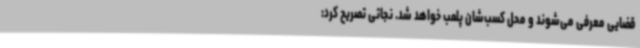
قضایی معرفی می‌شوند و محل کسب‌شان پلمب خواهد شد. نجاتی تصریح کرد: